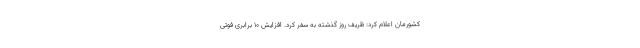
کشورمان اعلام کرد: ظریف روز گذشته به سفر کرد. افزایش ۱۰ برابری فوتی